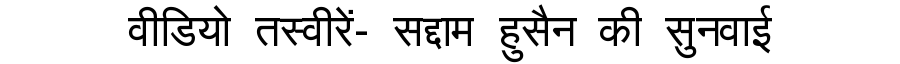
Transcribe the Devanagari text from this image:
वीडियो तस्वीरें- सद्दाम हुसैन की सुनवाई